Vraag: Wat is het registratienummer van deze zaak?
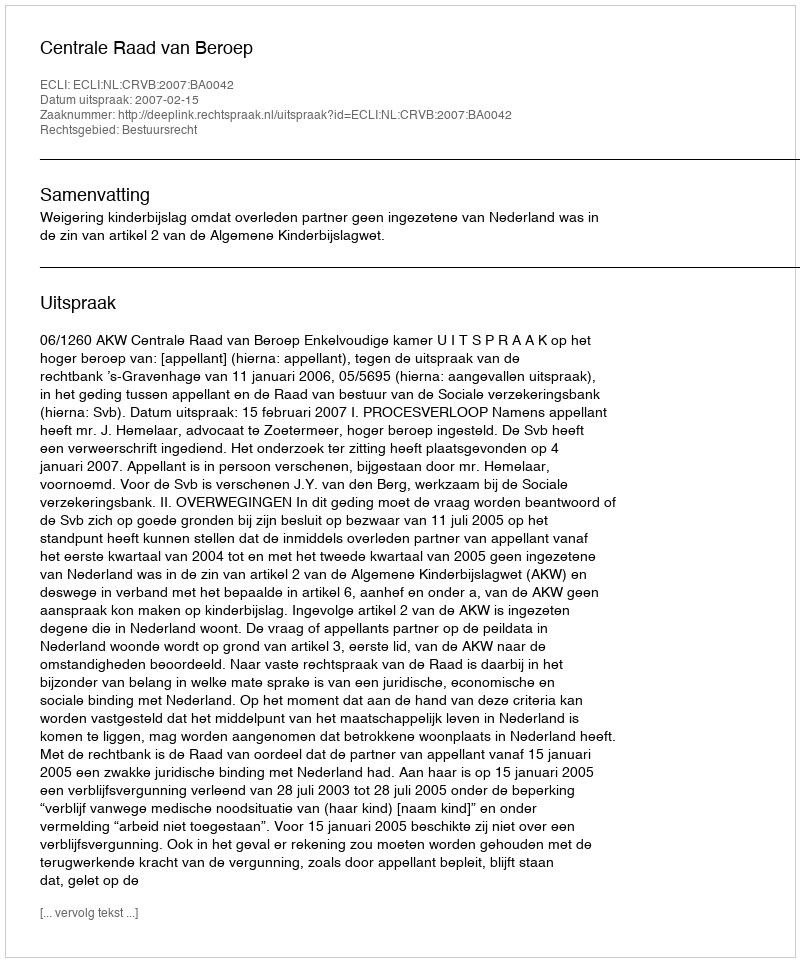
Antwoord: http://deeplink.rechtspraak.nl/uitspraak?id=ECLI:NL:CRVB:2007:BA0042